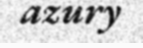
azury